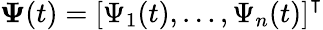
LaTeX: \boldsymbol{\Psi}(t)=\left[\Psi_{1}(t),\ldots,\Psi_{n}(t)\right]^{\intercal}